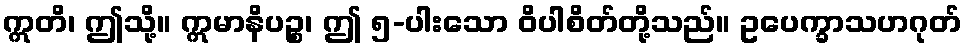
ဣတိ၊ ဤသို့။ ဣမာနိပဉ္စ၊ ဤ ၅-ပါးသော ဝိပါစိတ်တို့သည်။ ဥပေက္ခာသဟဂုတ်